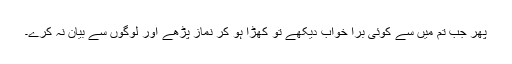
پھر جب تم میں سے کوئی بُرا خواب دیکھے تو کھڑا ہو کر نماز پڑھے اور لوگوں سے بیان نہ کرے۔